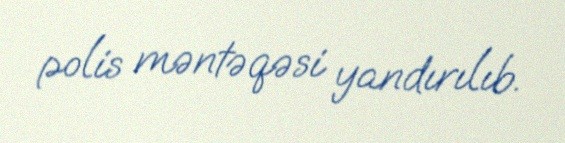
polis məntəqəsi yandırılıb.